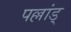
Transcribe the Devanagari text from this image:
पल्लांड्